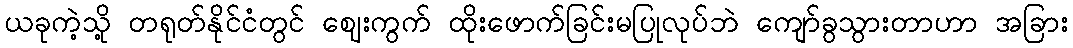
ယခုကဲ့သို့ တရုတ်နိုင်ငံတွင် ဈေးကွက် ထိုးဖောက်ခြင်းမပြုလုပ်ဘဲ ကျော်ခွသွားတာဟာ အခြား